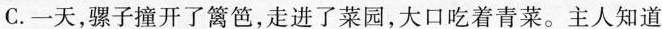
C.一天，骡子撞开了篱笆，走进了菜园，大口吃着青菜。主人知道